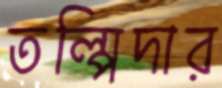
তল্পিদার